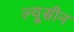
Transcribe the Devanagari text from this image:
ल्यूसीन